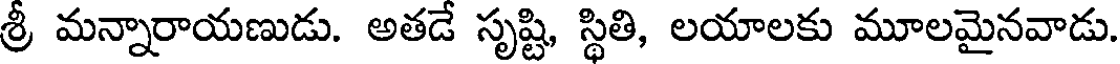
శ్రీ మన్నారాయణుడు. అతడే సృష్టి, స్థితి, లయాలకు మూలమైనవాడు.